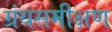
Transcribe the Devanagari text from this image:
ग्रंथसमीक्षण